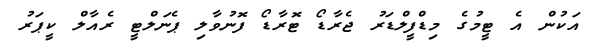
އަކުން އެ ޓީމުގެ މިޑްފީލްޑަރު ޖެރާޑޯ ޓޮރާޑޯ ފޮނުވާލި ޕެނަލްޓީ ރެއާލް ކީޕަރު